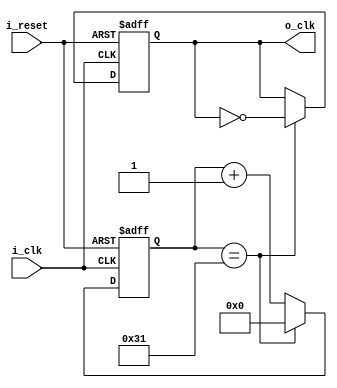
`timescale 1ns / 1ps

module clock_divider(
        input i_clk,
        input i_reset,
        output o_clk
    );

    reg r_clk = 0;
    reg [6:0] r_counter = 0;
    assign o_clk = r_clk;

    always @(posedge i_clk or posedge i_reset) begin
        if (i_reset) begin
            r_clk <= 1'b0;
            r_counter <= 0;
        end
        else begin
            if(r_counter == 49) begin//  100/2 -1
                r_counter <= 0;
                r_clk <= ~r_clk;
            end
            
            else begin
                r_counter <= r_counter + 1;
            end
        end 
    end
endmodule